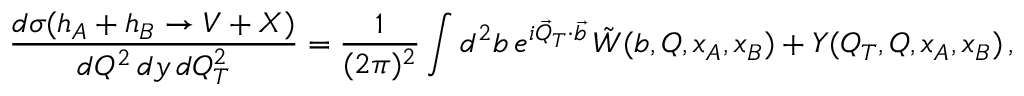
\frac { d \sigma ( h _ { A } + h _ { B } \rightarrow V + X ) } { d Q ^ { 2 } \, d y \, d Q _ { T } ^ { 2 } } = \frac { 1 } { ( 2 \pi ) ^ { 2 } } \int d ^ { 2 } b \, e ^ { i \vec { Q } _ { T } \cdot \vec { b } } \, \tilde { W } ( b , Q , x _ { A } , x _ { B } ) + Y ( Q _ { T } , Q , x _ { A } , x _ { B } ) \, ,